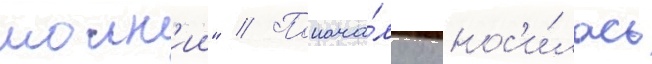
молн'ии" // Понача́лу относ'и́лась